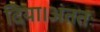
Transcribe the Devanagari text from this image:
दिया।अंततः